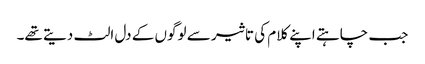
جب چاہتے اپنے کلام کی تاثیر سے لوگوں کے دل الٹ دیتے تھے۔